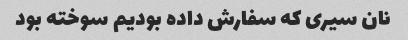
نان سیری که سفارش داده بودیم سوخته بود